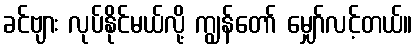
ခင်ဗျား လုပ်နိုင်မယ်လို့ ကျွန်တော် မျှော်လင့်တယ်။